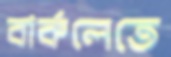
বার্কলেতে